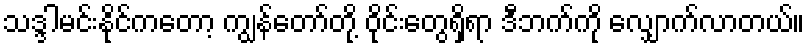
သဒ္ဒါမင်းနိုင်ကတော့ ကျွန်တော်တို့ ဝိုင်းတွေရှိရာ ဒီဘက်ကို လျှောက်လာတယ်။